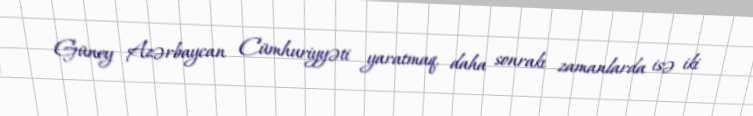
Güney Azərbaycan Cümhuriyyəti yaratmaq, daha sonrakı zamanlarda isə iki